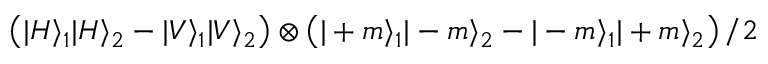
\left( | H \rangle _ { 1 } | H \rangle _ { 2 } - | V \rangle _ { 1 } | V \rangle _ { 2 } \right) \otimes \left( | + m \rangle _ { 1 } | - m \rangle _ { 2 } - | - m \rangle _ { 1 } | + m \rangle _ { 2 } \right) / 2